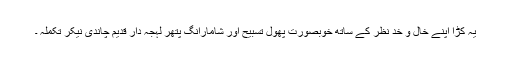
یہ کڑا اپنے خال و خد نظر کے ساتھ خوبصورت پھول تسبیح اور شامارانگ پتھر لہجہ دار قدیم چاندی نیکر تکملہ ۔